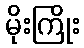
မိုးကြိုး